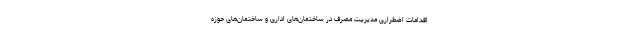
اقدامات اضطراری مدیریت مصرف در ساختمان‌های اداری و ساختمان‌های حوزه